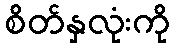
စိတ်နှလုံးကို